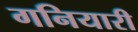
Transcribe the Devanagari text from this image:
गनियारी